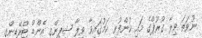
ނުވަތަ ވިލާ ގުރޫޕްގެ މައި ކުންފުނި ކަމުގައިވާ ވިލާ ޝިޕިންގ އެންޑް ޓްރޭޑިންގ